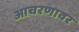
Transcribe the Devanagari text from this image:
आचरणावर